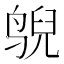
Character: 𱊄